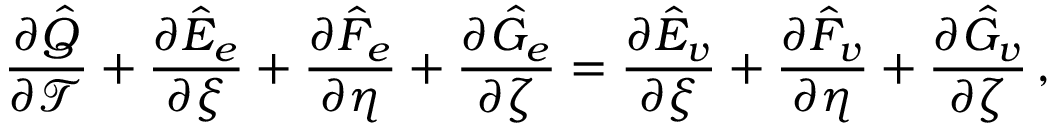
\frac { \partial \hat { Q } } { \partial \mathcal { T } } + \frac { \partial \hat { E } _ { e } } { \partial \xi } + \frac { \partial \hat { F } _ { e } } { \partial \eta } + \frac { \partial \hat { G } _ { e } } { \partial \zeta } = \frac { \partial \hat { E } _ { v } } { \partial \xi } + \frac { \partial \hat { F } _ { v } } { \partial \eta } + \frac { \partial \hat { G } _ { v } } { \partial \zeta } \, \mathrm { , }